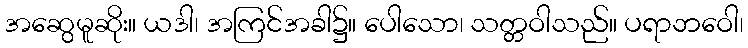
အဆွေမူဆိုး။ ယဒါ၊ အကြင်အခါ၌။ ပေါသော၊ သတ္တဝါသည်။ ပရာဘဝေါ၊